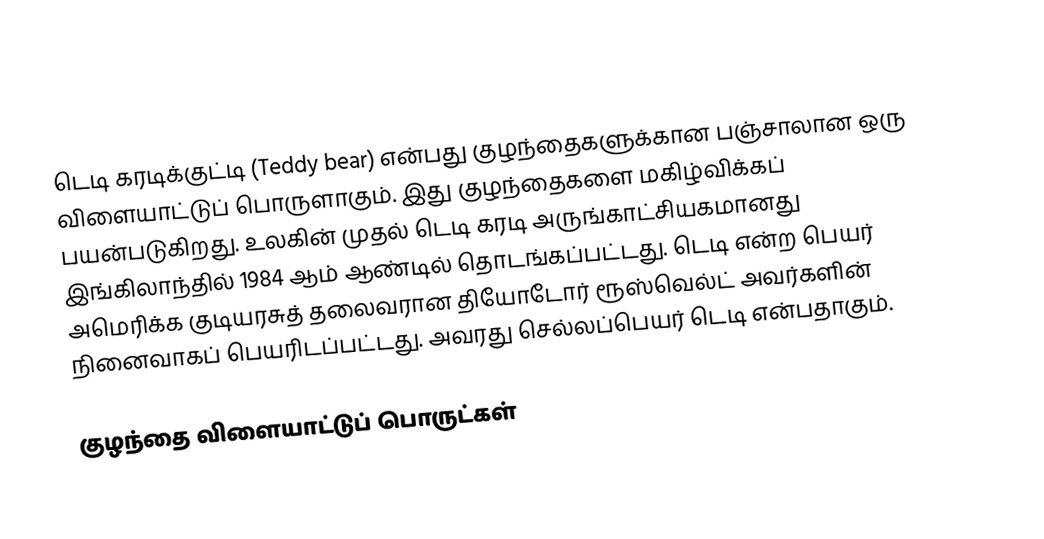
டெடி கரடிக்குட்டி (Teddy bear) என்பது குழந்தைகளுக்கான பஞ்சாலான ஒரு விளையாட்டுப் பொருளாகும். இது குழந்தைகளை மகிழ்விக்கப் பயன்படுகிறது. உலகின் முதல் டெடி கரடி அருங்காட்சியகமானது இங்கிலாந்தில் 1984 ஆம் ஆண்டில் தொடங்கப்பட்டது. டெடி என்ற பெயர் அமெரிக்க குடியரசுத் தலைவரான தியோடோர் ரூஸ்வெல்ட் அவர்களின் நினைவாகப் பெயரிடப்பட்டது. அவரது செல்லப்பெயர் டெடி என்பதாகும்.

குழந்தை விளையாட்டுப் பொருட்கள்